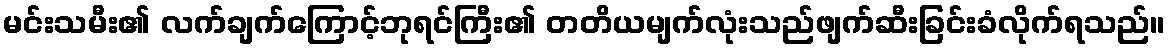
မင်းသမီး၏ လက်ချက်ကြောင့်ဘုရင်ကြီး၏ တတိယမျက်လုံးသည်ဖျက်ဆီးခြင်းခံလိုက်ရသည်။